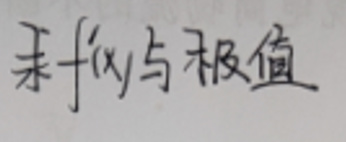
求\(f(x)\)与极值